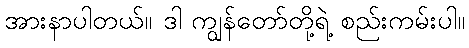
အားနာပါတယ်။ ဒါ ကျွန်တော်တို့ရဲ့ စည်းကမ်းပါ။